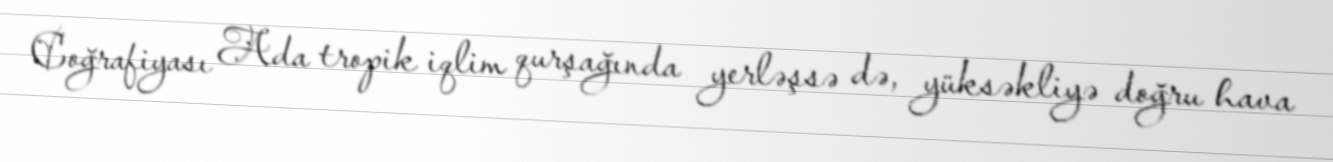
Coğrafiyası Ada tropik iqlim qurşağında yerləşsə də, yüksəkliyə doğru hava